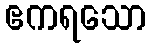
ဧကရသော